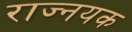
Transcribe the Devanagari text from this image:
राज्नयक